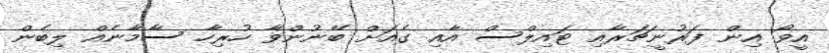
އީވޯ އިން ފަރުނީޗަރާއި ޓައިލްސް އާއި ގެއަށް ބޭނުންވާ ހުރިހާ ސާމާނެއް ލިބެން